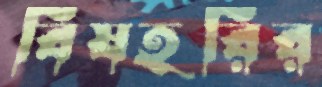
বিষহরির